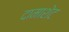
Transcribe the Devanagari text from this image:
दामाशेट